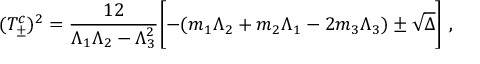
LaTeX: ( T _ { \pm } ^ { c } ) ^ { 2 } = \frac { 1 2 } { \Lambda _ { 1 } \Lambda _ { 2 } - \Lambda _ { 3 } ^ { 2 } } \Biggl [ - ( m _ { 1 } \Lambda _ { 2 } + m _ { 2 } \Lambda _ { 1 } - 2 m _ { 3 } \Lambda _ { 3 } ) \pm \sqrt { \Delta } \Biggr ] ~ ,